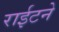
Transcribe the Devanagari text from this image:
राईटने